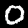
Digit: 0